Lunatic asylums Central Provinces reports 1874-1885 - 1874-1885
Year: 1874
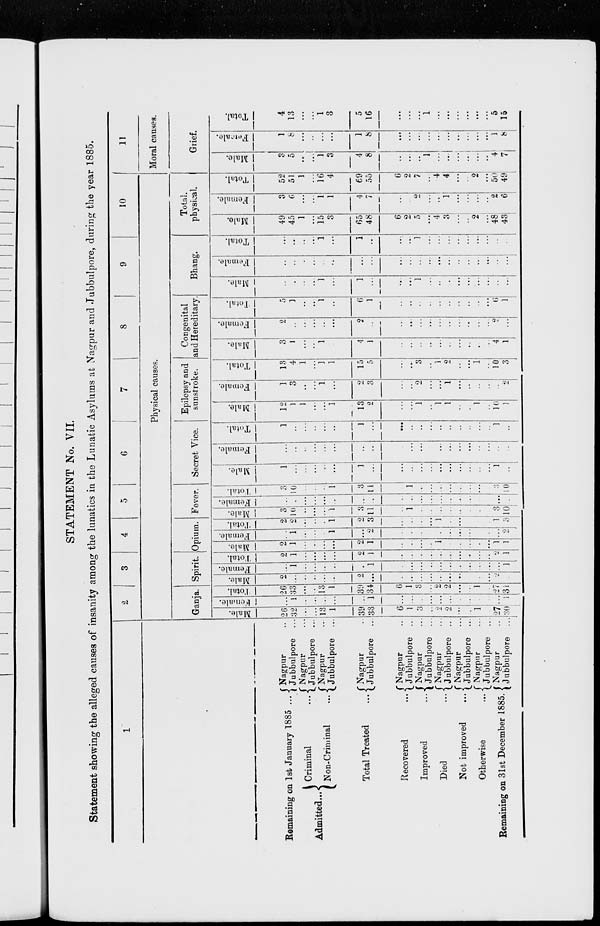
STATEMENT No. VII.
Statement showing the alleged causes of insanity among the lunatics in the Lunatic Asylums at Nagpur and Jubbulpore, during the year 1885.
1
Remaining on 1st January 1885 ...
Admitted ...
Criminal
...
Non-Criminal
...
Total Treated
...
Recovered
...
Improved
...
Died
...
Not improved
...
Otherwise
...
Remaining on 31st December 1885.
Nagpur ...
Jubbulpore ...
Nagpur ...
Jubbulpore ...
Nagpur ...
Jubbulpore ...
Nagpur ...
Jubbulpore ...
Nagpur ...
Jubbulpore ...
Nagpur ...
Jubbulpore ...
Nagpur ...
Jubbulpore ...
Nagpur ...
Jubbulpore ...
Nagpur ...
Jubbulpore ...
Nagpur ...
Jubbulpore ...
2
3
4
5
6
7
8
9
10
Physical causes.
Ganja.
Male.
26
32
...
...
13
1
39
33
6
1
3
...
2
2
...
...
1
...
27
30
Female.
...
1
...
...
...
...
...
1
...
...
...
...
...
...
...
...
...
...
...
1
Total.
26
33
...
...
13
1
39
34
6
1
3
...
2
2
...
...
1
...
27
31
Spirit.
Male.
2
...
...
...
...
...
2
...
...
...
...
...
...
...
...
...
...
...
2
...
Female.
...
1
...
...
...
...
...
1
...
...
...
...
...
...
...
...
...
...
...
1
Total.
2
...
...
...
...
...
2
1
...
...
...
...
...
...
...
...
...
...
2
1
Opium.
Male.
2
1
...
...
...
...
2
1
...
...
...
...
1
...
...
...
...
...
1
1
Female.
...
1
...
...
...
1
...
2
...
...
...
...
...
...
...
...
...
...
...
2
Total.
2
2
...
...
...
1
2
3
...
...
...
...
1
...
...
...
...
...
1
3
Fever.
Male.
3
10
...
...
...
1
3
11
...
1
...
...
...
...
...
...
...
...
3
10
Female.
...
...
...
...
...
...
...
...
...
...
...
...
...
...
...
...
...
...
...
...
Total.
3
10
...
...
...
1
3
11
...
1
...
...
...
...
...
...
...
...
3
10
Secret Vice.
Male.
1
...
...
...
...
...
1
...
...
...
...
...
...
...
...
...
...
...
1
...
Female.
...
...
...
...
...
...
...
...
...
...
...
...
...
...
...
...
...
...
...
...
Total.
1
...
...
...
...
...
1
...
...
...
...
...
...
...
...
...
...
...
1
...
Epilepsy and
sunstroke.
Male.
12
1
1
...
...
1
13
2
...
...
1
...
1
1
...
...
1
...
10
1
Female.
1
3
...
...
1
...
2
3
...
...
2
...
...
1
...
...
...
...
...
2
Total.
13
4
1
...
1
1
15
5
...
...
3
...
1
2
...
...
1
...
10
3
Congenital
and Hereditary
Male.
3
1
...
...
1
...
4
1
...
...
...
...
...
...
...
...
...
...
4
1
Female.
2
...
...
...
...
...
2
...
...
...
...
...
...
...
...
...
...
...
2
...
Total.
5
1
...
...
1
...
6
1
...
...
...
...
...
...
...
...
...
...
6
1
Bhang.
Male.
...
...
...
...
1
...
1
...
...
...
1
...
...
...
...
...
...
...
...
...
Female.
...
...
...
...
...
...
...
...
...
...
...
...
...
...
...
...
...
...
...
...
Total.
...
...
...
...
1
...
1
...
...
...
1
...
...
...
...
...
...
...
...
...
Total.
physical.
Male.
49
45
1
...
15
3
65
48
6
2
5
...
4
3
...
...
2
...
48
43
Female.
3
6
...
...
1
1
4
7
...
...
2
...
...
1
...
...
...
...
2
6
Total.
52
51
1
...
16
4
69
55
6
2
7
...
4
4
...
...
2
...
50
49
11
Moral causes.
Grief.
Male.
3
5
...
...
1
3
4
8
...
...
...
1
...
...
...
...
...
...
4
7
Female.
1
8
...
...
...
...
1
8
...
...
...
...
...
...
...
...
...
...
1
8
Total.
4
13
...
...
1
3
5
16
...
...
...
1
...
...
...
...
...
...
5
15